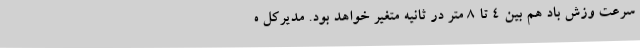
سرعت وزش باد هم بین 4 تا 8 متر در ثانیه متغیر خواهد بود. مدیرکل ه